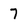
Character: 7